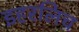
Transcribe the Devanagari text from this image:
इहरलिच